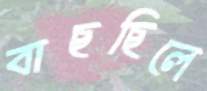
বাছছিলে